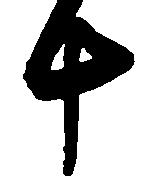
十